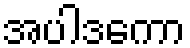
အပါဒကော